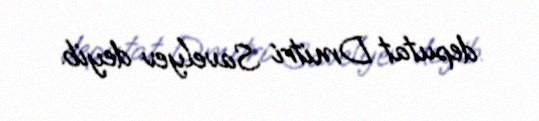
deputat Dmitri Savelyev deyib.